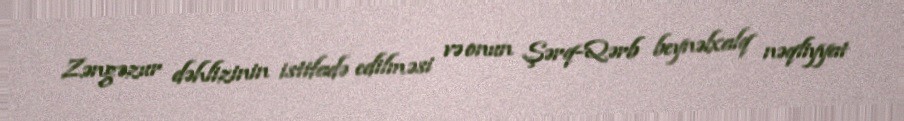
Zəngəzur dəhlizinin istifadə edilməsi və onun Şərq-Qərb beynəlxalq nəqliyyat